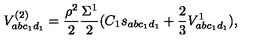
V _ { a b c _ { 1 } d _ { 1 } } ^ { ( 2 ) } = \frac { \rho ^ { 2 } } { 2 } \frac { \Sigma ^ { 1 } } { 2 } ( C _ { 1 } s _ { a b c _ { 1 } d _ { 1 } } + \frac { 2 } { 3 } V _ { a b c _ { 1 } d _ { 1 } } ^ { 1 } ) ,